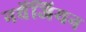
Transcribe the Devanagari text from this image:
नर्वेजियन